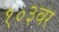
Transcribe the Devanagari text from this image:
१०३वर